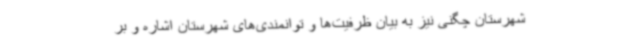
شهرستان چگنی نیز به بیان ظرفیت‌ها و توانمندی‌های شهرستان اشاره و بر